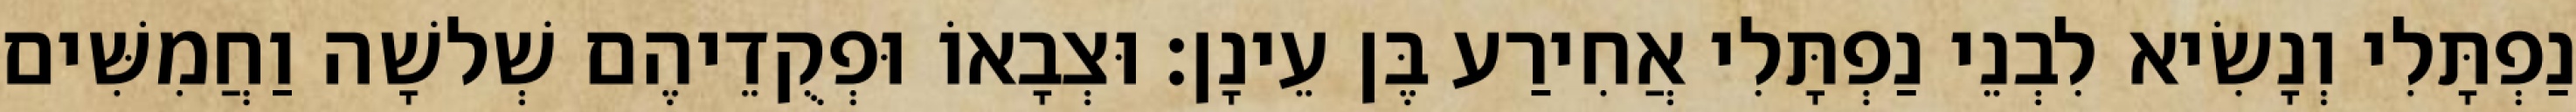
נַפְתָּלִי וְנָשִׂיא לִבְנֵי נַפְתָּלִי אֲחִירַע בֶּן עֵינָן׃ וּצְבָאוֹ וּפְקֻדֵיהֶם שְׁלשָׁה וַחֲמִשִּׁים